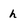
Character: h